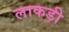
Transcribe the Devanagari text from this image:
लाकड़ी